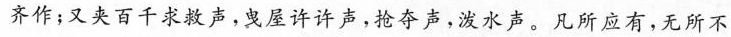
齐作；又夹百千求救声，曳屋许许声，抢夺声，泼水声。凡所应有，无所不